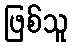
ဖြစ်သူ